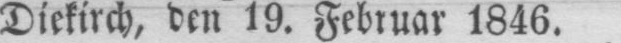
Diekirch, den 19. Februar 1846.